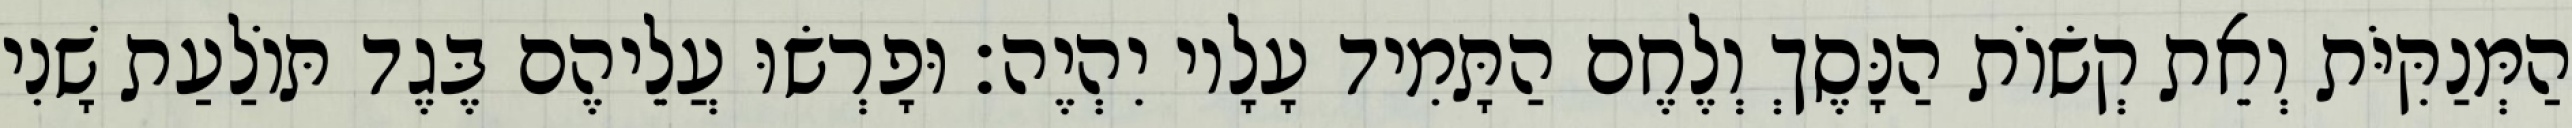
הַמְּנַקִּיֹּת וְאֵת קְשׂוֹת הַנָּסֶךְ וְלֶחֶם הַתָּמִיד עָלָיו יִהְיֶה׃ וּפָרְשׂוּ עֲלֵיהֶם בֶּגֶד תּוֹלַעַת שָׁנִי